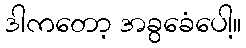
ဒါကတော့ အခွခေံပေါ့။